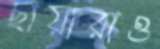
ছায়ারাও